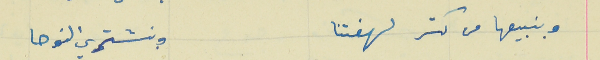
وبنبيعها من كتر لهفتنا                                 وبنشتري النوحا